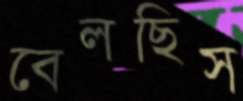
বেলছিস